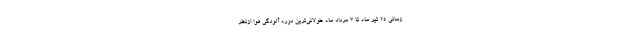
زمانی ۲۵ تیر ماه تا ۳ مرداد ماه طولانی‌ترین دوره آلودگی هوا ازنظر